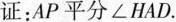
证：AP平分∠HAD.